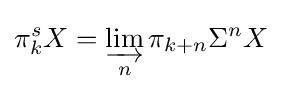
\pi _{k}^{s}X=\varinjlim _{n}\pi _{k+n}\Sigma ^{n}X